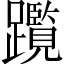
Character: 𨇣